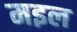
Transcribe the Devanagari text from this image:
मइल